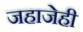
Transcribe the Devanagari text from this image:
जहाजेही